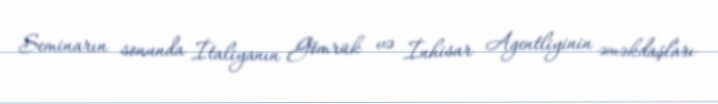
Seminarın sonunda İtaliyanın Gömrük və İnhisar Agentliyinin əməkdaşları